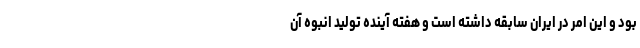
بود و این امر در ایران سابقه داشته است و هفته آینده تولید انبوه آن